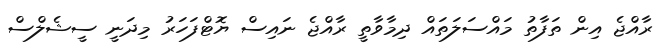
ރާއްޖެ އިން ތަފާތު މައްސަލަތައް ދިމާވާތީ ރާއްޖެ ނައިސް ޔޮޓްފަހަރު މިދަނީ ސީޝެލްސް